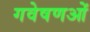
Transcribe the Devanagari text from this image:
गवेषणओं